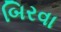
બિરવા